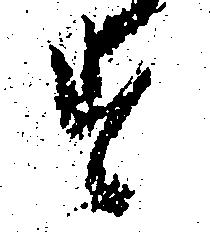
す